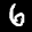
Label: 6